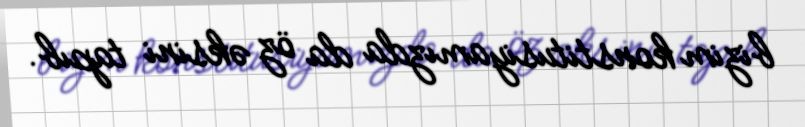
bizim konstitusiyamızda da öz əksini tapıb.